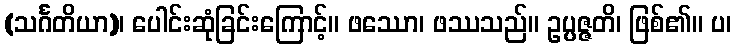
(သင်္ဂတိယာ)၊ ပေါင်းဆုံခြင်းကြောင့်။ ဖဿော၊ ဖဿသည်။ ဥပ္ပဇ္ဇတိ၊ ဖြစ်၏။ ပ၊